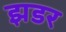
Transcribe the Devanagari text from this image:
झडर